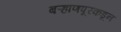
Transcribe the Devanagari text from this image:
बऱ्हाणपूरकडून